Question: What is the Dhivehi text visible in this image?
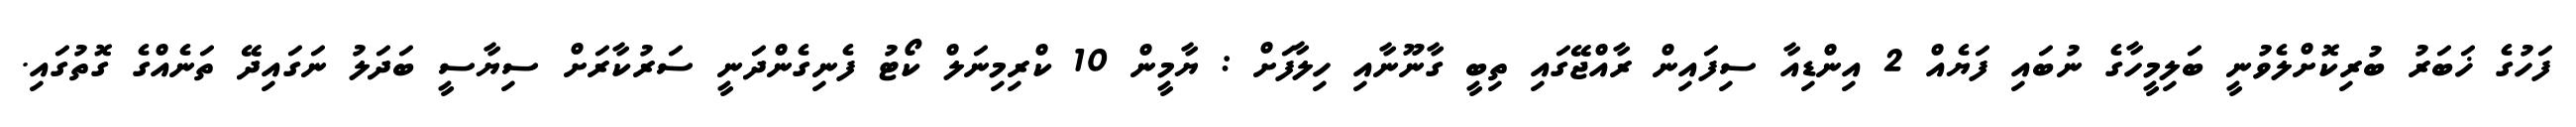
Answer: ފަހުގެ ޚަބަރު ބުރިކޮށްލެވުނީ ބަލިމީހާގެ ނުބައި ފަޔެއް 2 އިންޑިއާ ސިފައިން ރާއްޖޭގައި ތިބީ ގާނޫނާއި ހިލާފަށް : ޔާމީން 10 ކްރިމިނަލް ކޯޓު ފެނިގެންދަނީ ސަރުކާރަށް ސިޔާސީ ބަދަލު ނަގައިދޭ ތަނެއްގެ ގޮތުގައި.